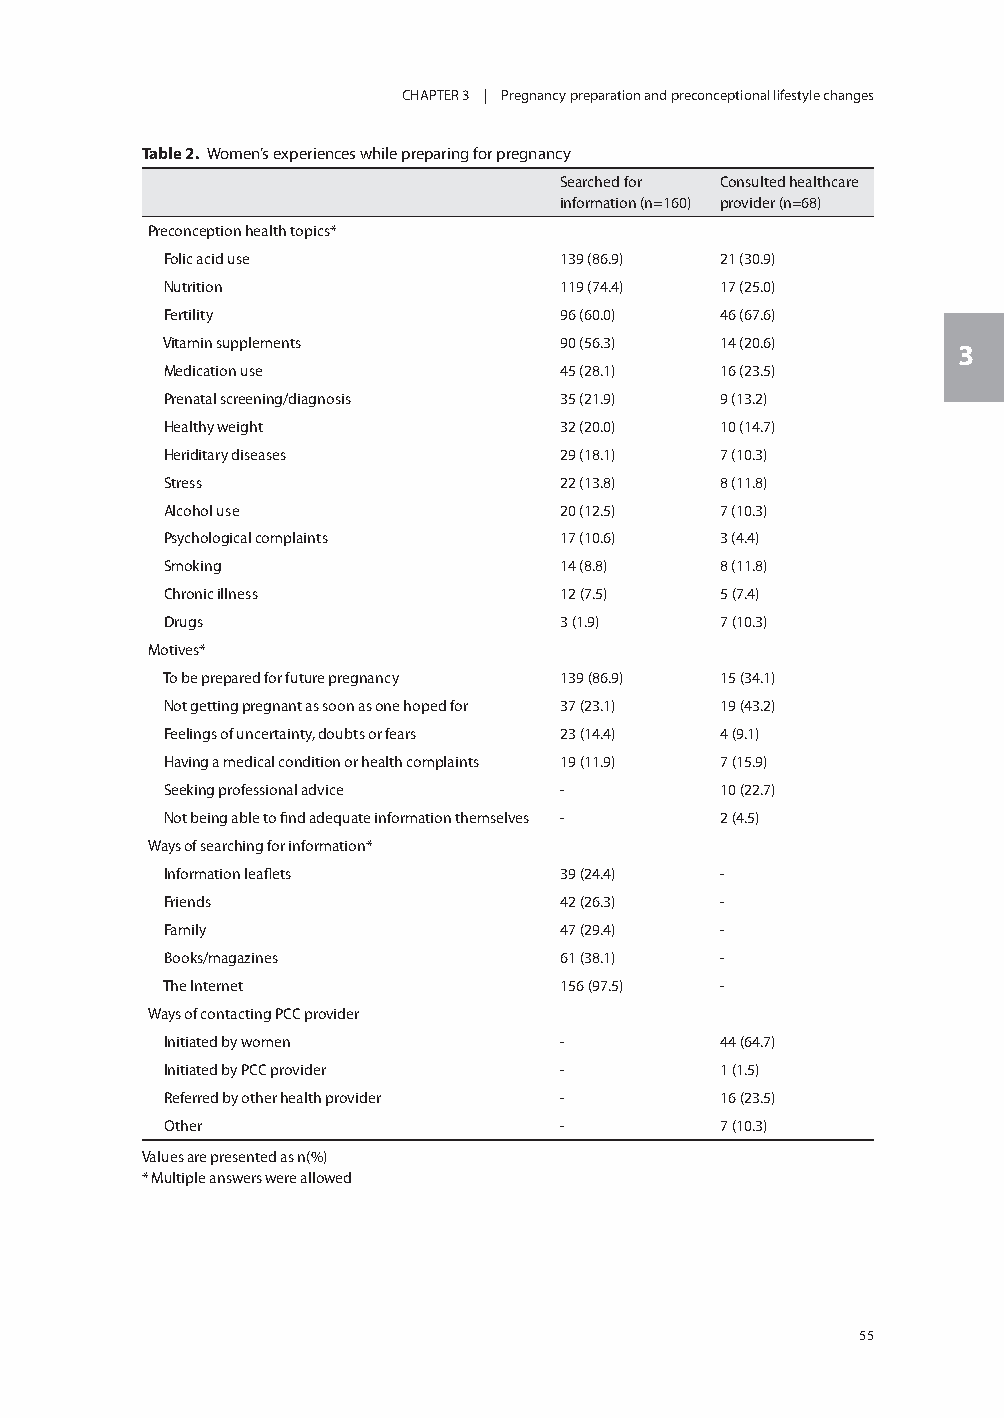
CHAPTER 3 | Pregnancy preparation and preconceptional lifestyle changes
 Table 2. Women’s experiences while preparing for pregnancy
 Searched for Consulted healthcare
 information (n=160) provider (n=68)
 Preconception health topics*
 Folic acid use            139 (86.9) 21 (30.9)
 Nutrition                 119 (74.4) 17 (25.0)
 Fertility                 96 (60.0)  46 (67.6)
 Vitamin supplements       90 (56.3)  14 (20.6)
 3
 Medication use            45 (28.1)  16 (23.5)
 Prenatal screening/diagnosis 35 (21.9) 9 (13.2)
 Healthy weight            32 (20.0)  10 (14.7)
 Heriditary diseases       29 (18.1)  7 (10.3)
 Stress                    22 (13.8)  8 (11.8)
 Alcohol use               20 (12.5)  7 (10.3)
 Psychological complaints  17 (10.6)  3 (4.4)
 Smoking                   14 (8.8)   8 (11.8)
 Chronic illness           12 (7.5)   5 (7.4)
 Drugs                     3 (1.9)    7 (10.3)
 Motives*
 To be prepared for future pregnancy 139 (86.9) 15 (34.1)
 Not getting pregnant as soon as one hoped for 37 (23.1) 19 (43.2)
 Feelings of uncertainty, doubts or fears 23 (14.4) 4 (9.1)
 Having a medical condition or health complaints 19 (11.9) 7 (15.9)
 Seeking professional advice -        10 (22.7)
 Not being able to find adequate information themselves - 2 (4.5)
 Ways of searching for information*
 Information leaflets      39 (24.4)  -
 Friends                   42 (26.3)  -
 Family                    47 (29.4)  -
 Books/magazines           61 (38.1)  -
 The Internet              156 (97.5) -
 Ways of contacting PCC provider
 Initiated by women        -          44 (64.7)
 Initiated by PCC provider -          1 (1.5)
 Referred by other health provider -  16 (23.5)
 Other                     -          7 (10.3)
 Values are presented as n(%)
 * Multiple answers were allowed
 55